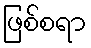
ဖြစ်စရာ